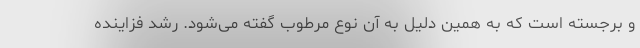
و برجسته است که به همین دلیل به آن نوع مرطوب گفته می‌شود. رشد فزاینده